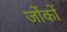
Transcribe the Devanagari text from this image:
जोंकों